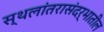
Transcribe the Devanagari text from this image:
स्थलांतरासंदर्भातील